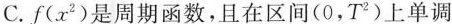
C.f ( x^{2})是周期函数，且在区间(0，T^{2})上单调